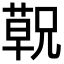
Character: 𬞁